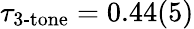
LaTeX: \tau_{\textrm{3-tone}}=0.44(5)